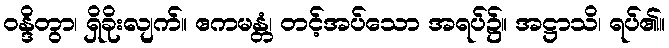
ဝန္ဒိတွာ၊ ရှိခိုးလျက်။ ဧကမန္တံ၊ တင့်အပ်သော အရပ်၌။ အဋ္ဌာသိ၊ ရပ်၏။